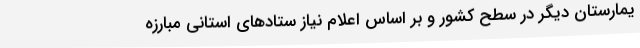
یمارستان دیگر در سطح کشور و بر اساس اعلام نیاز ستادهای استانی مبارزه